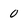
Character: 0